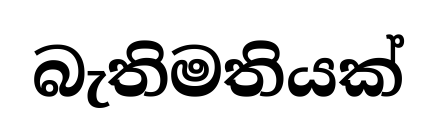
බැතිමතියක්